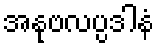
အနုဗလပ္ပဒါနံ